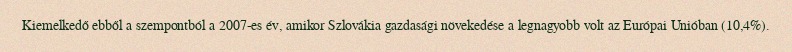
Kiemelkedő ebből a szempontból a 2007-es év, amikor Szlovákia gazdasági növekedése a legnagyobb volt az Európai Unióban (10,4%).